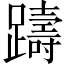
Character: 躊